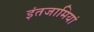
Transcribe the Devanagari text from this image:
इंतजामियां